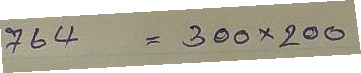
764 = 300 x 200